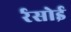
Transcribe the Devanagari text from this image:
र्रसोई